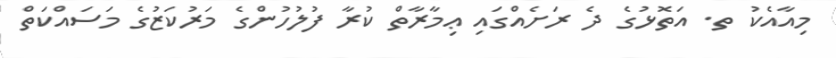
މިއާއެކު ތ. އަތޮޅުގެ ދެ ރަށެއްގައި ޢިމާރާތް ކުރާ ފުލުހުންގެ މަރުކަޒުގެ މަސައްކަތް